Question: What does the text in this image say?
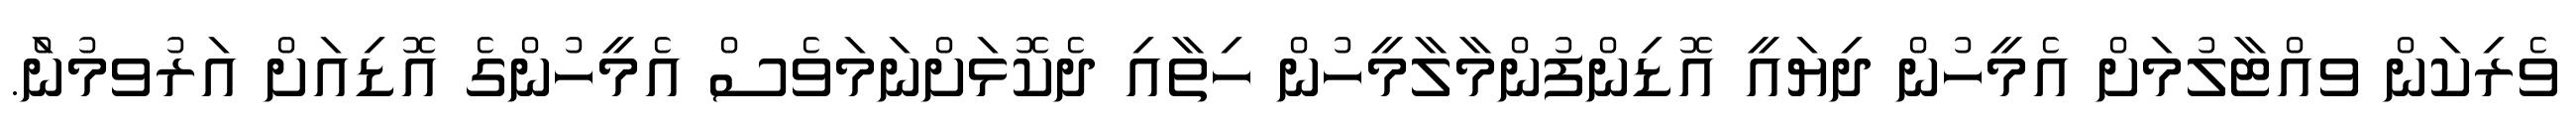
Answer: ވެރިކަން ވއްޓާލުމަށް އެމީހުން ދިޔައީ އޮޑިންފުންމާލާމީހުން ހިތާއި ދެކޮޅަށްނަމަވެސް އެމީހުންގެ އޮޑިއަށް އަރުވމުނަް.